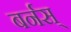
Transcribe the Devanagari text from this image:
बर्नस्